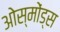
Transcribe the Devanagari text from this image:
ओस्मोंड्स